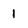
Character: I